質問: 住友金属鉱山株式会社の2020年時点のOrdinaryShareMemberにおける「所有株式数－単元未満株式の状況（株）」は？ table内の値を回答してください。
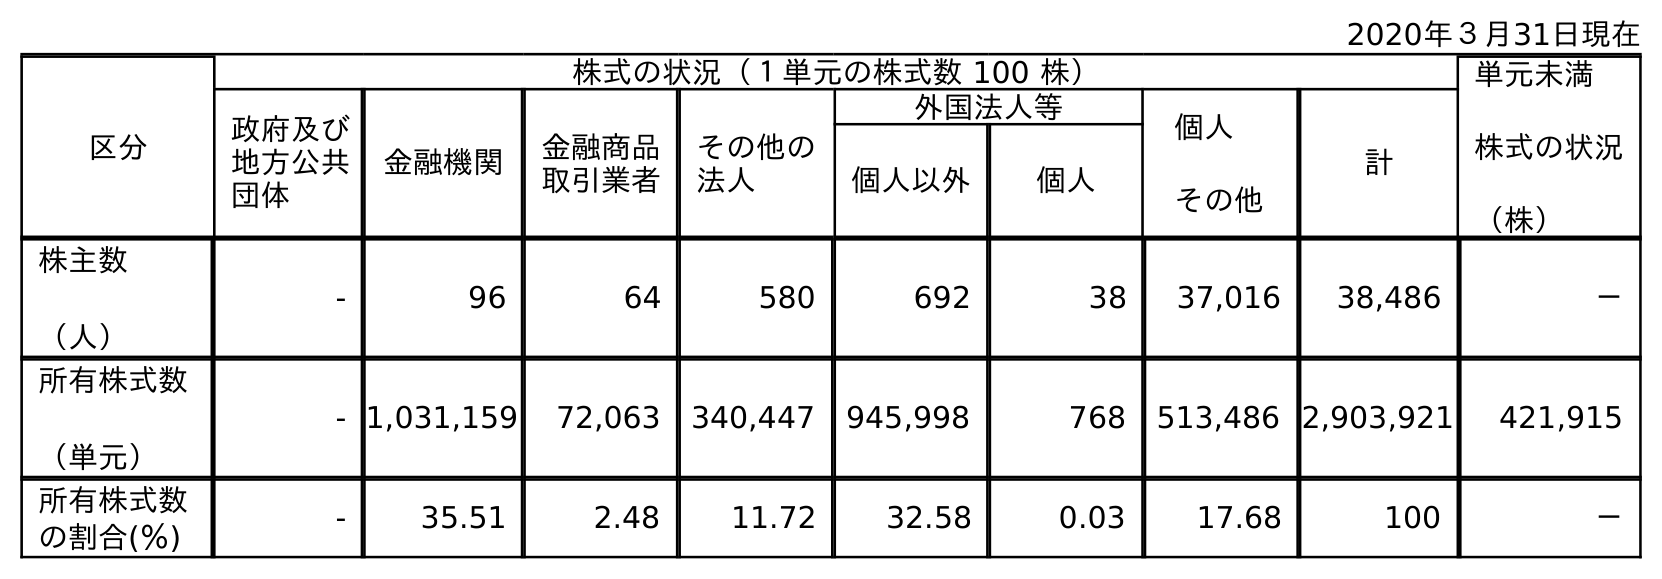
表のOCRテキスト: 2020年３月31日現在 区分 株式の状況（１単元の株式数 100 株） 単元未満 株式の状況 （株） 政府及び 地方公共 団体 金融機関 金融商品 取引業者 その他の 法人 外国法人等 個人 その他 計 個人以外 個人 株主数 （人） - 96 64 580 692 38 37,016 38,486 － 所有株式数 （単元） - 1,031,159 72,063 340,447 945,998 768 513,486 2,903,921 421,915 所有株式数 の割合(％) - 35.51 2.48 11.72 32.58 0.03 17.68 100 －
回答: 421,915